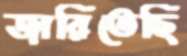
জারিতেছি